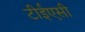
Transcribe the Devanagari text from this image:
टीईएसी